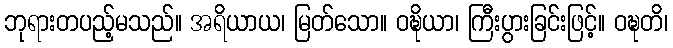
ဘုရားတပည့်မသည်။ အရိယာယ၊ မြတ်သော။ ဝဍ္ဎိယာ၊ ကြီးပွားခြင်းဖြင့်။ ဝဍ္ဎတိ၊